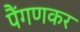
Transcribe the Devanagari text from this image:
पैंगणकर